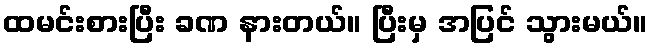
ထမင်းစားပြီး ခဏ နားတယ်။ ပြီးမှ အပြင် သွားမယ်။